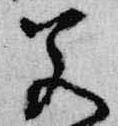
若